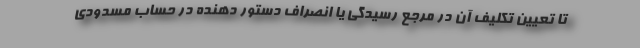
تا تعیین تکلیف آن در مرجع رسیدگی یا انصراف دستور دهنده در حساب مسدودی